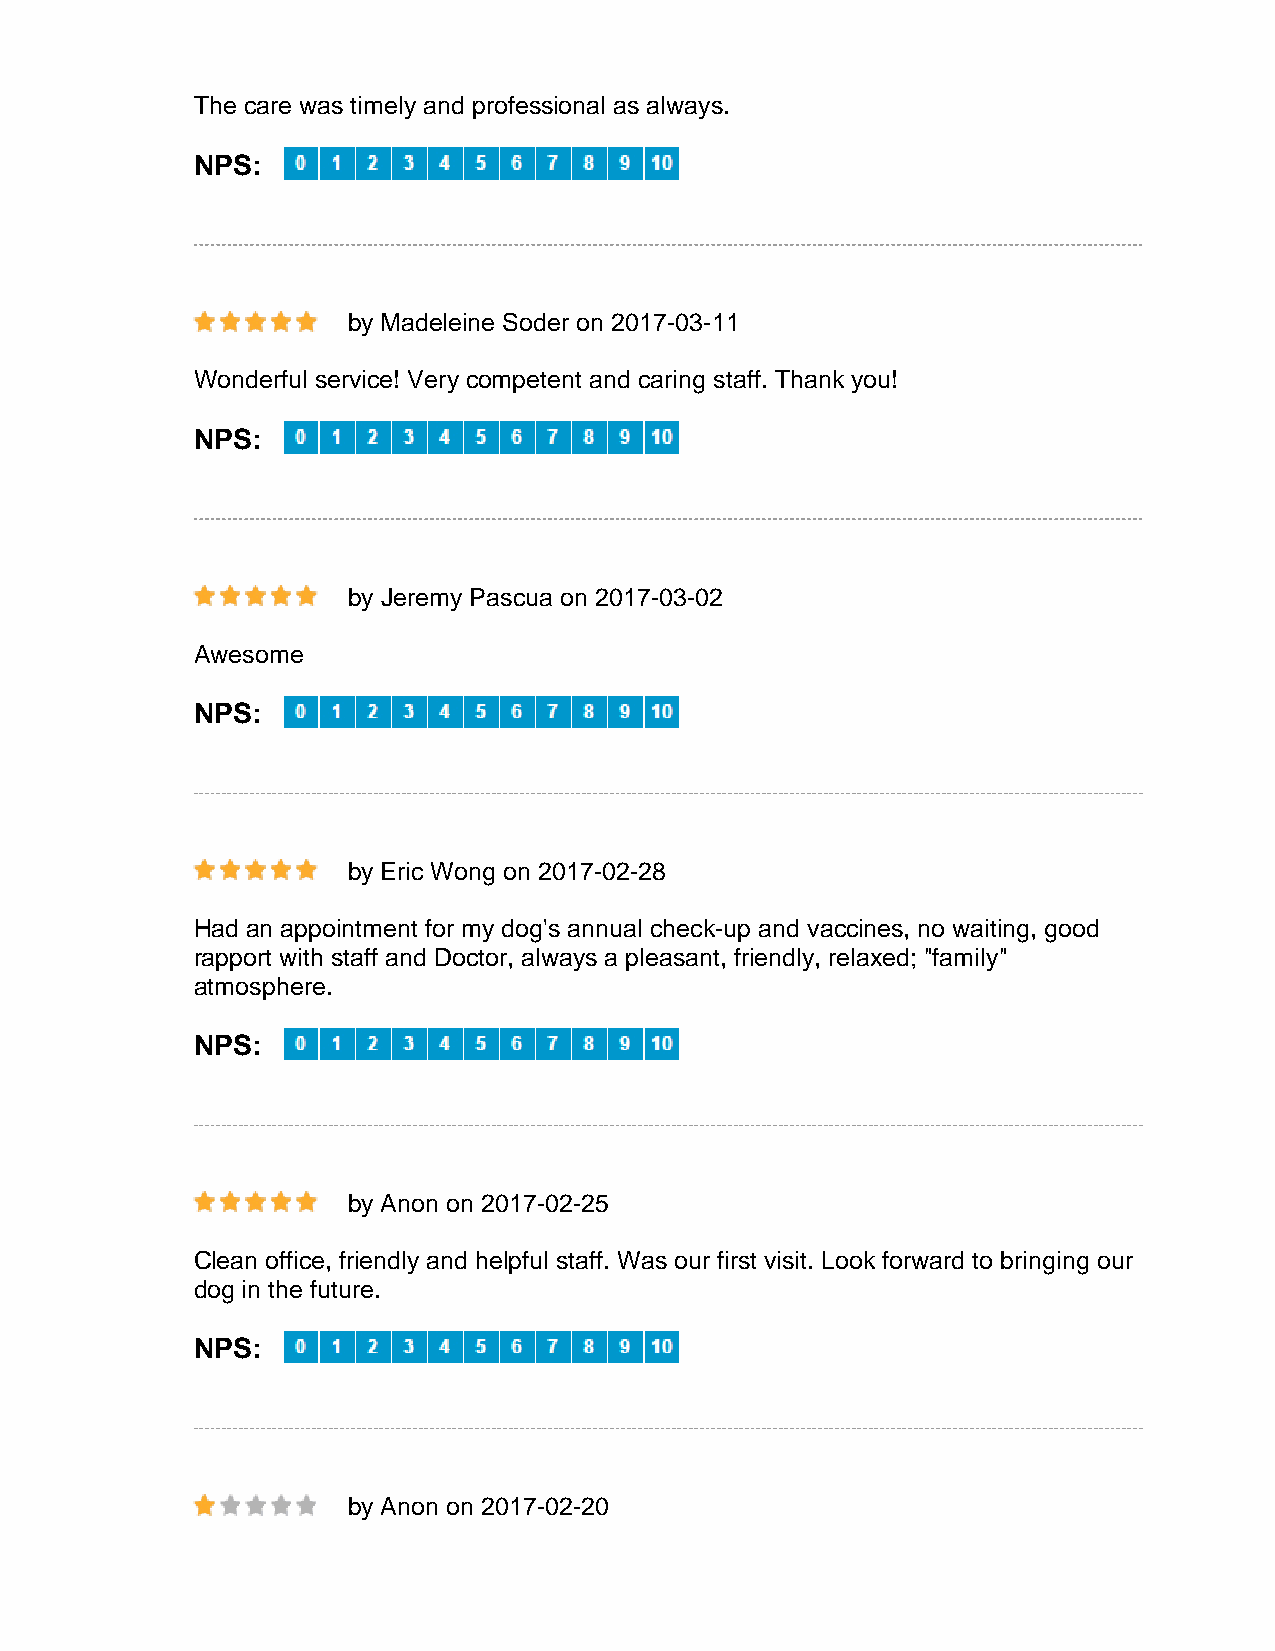
The care was timely and professional as always.
 NPS:
 by Madeleine Soder on 2017-03-11
 Wonderful service! Very competent and caring staff. Thank you!
 NPS:
 by Jeremy Pascua on 2017-03-02
 Awesome
 NPS:
 by Eric Wong on 2017-02-28
 Had an appointment for my dog's annual check-up and vaccines, no waiting, good
 rapport with staff and Doctor, always a pleasant, friendly, relaxed; "family"
 atmosphere.
 NPS:
 by Anon on 2017-02-25
 Clean office, friendly and helpful staff. Was our first visit. Look forward to bringing our
 dog in the future.
 NPS:
 by Anon on 2017-02-20